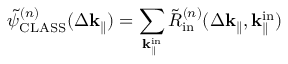
\Tilde { \psi } _ { \mathrm { C L A S S } } ^ { ( n ) } ( \Delta \mathbf { k } _ { \parallel } ) = \sum _ { \mathbf { k } _ { \parallel } ^ { \mathrm { i n } } } \Tilde { R } _ { \mathrm { i n } } ^ { ( n ) } ( \Delta \mathbf { k } _ { \parallel } , \mathbf { k } _ { \parallel } ^ { \mathrm { i n } } )